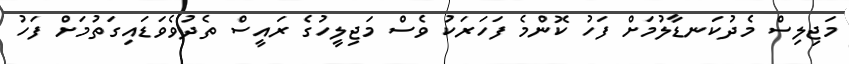
މަޖިލިސް މެދުކަނޑާލުމަށް ފަހު ކޮންމެ ފަހަރަކު ވެސް މަޖިލީހުގެ ރައީސް ތެދުވެވަޑައިގަތުމަށް ފަހު